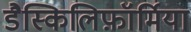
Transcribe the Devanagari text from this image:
डैस्किलिफ़ॉर्मिया